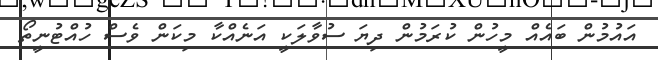
އައުމުން ބައެއް މީހުން ކުރަމުން ދިޔަ ސުވާލަކީ އަނެއްކާ މިކަން ވެސް ހުއްޓުނީތޯ